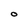
Character: O